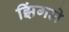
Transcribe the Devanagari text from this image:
झिंगले